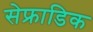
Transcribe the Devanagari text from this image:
सेफ्राडिक